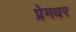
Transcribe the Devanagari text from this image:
प्रेमधर